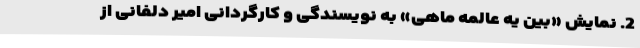
2. نمایش «بین یه عالمه ماهی» به نویسندگی و کارگردانی امیر دلفانی از